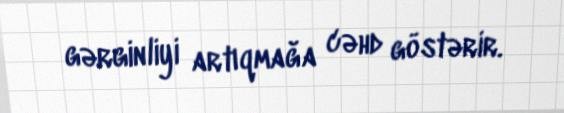
gərginliyi artıqmağa cəhd göstərir.